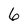
Character: 6